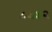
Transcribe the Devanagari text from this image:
८३५२